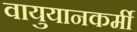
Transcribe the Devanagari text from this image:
वायुयानकर्मी